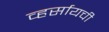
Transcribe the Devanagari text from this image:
व्हर्सायची